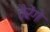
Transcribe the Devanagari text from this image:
तैरेंगे